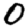
Digit: 0